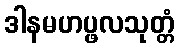
ဒါနမဟပ္ဖလသုတ္တံ